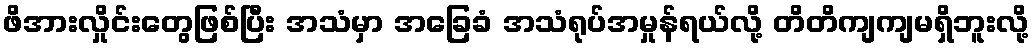
ဖိအားလှိုင်းတွေဖြစ်ပြီး အသံမှာ အခြေခံ အသံရုပ်အမှုန်ရယ်လို့ တိတိကျကျမရှိဘူးလို့